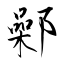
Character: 鄵